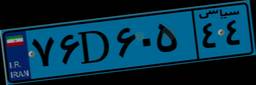
۸۲D۸۲۲۸۸